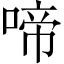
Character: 啼